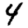
Digit: 4